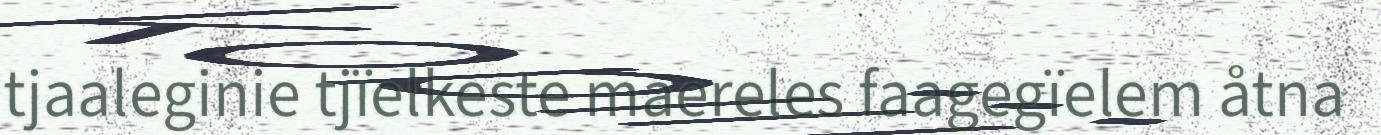
tjaaleginie tjïelkeste maereles faagegïelem åtna